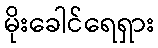
မိုးခေါင်ရေရှား